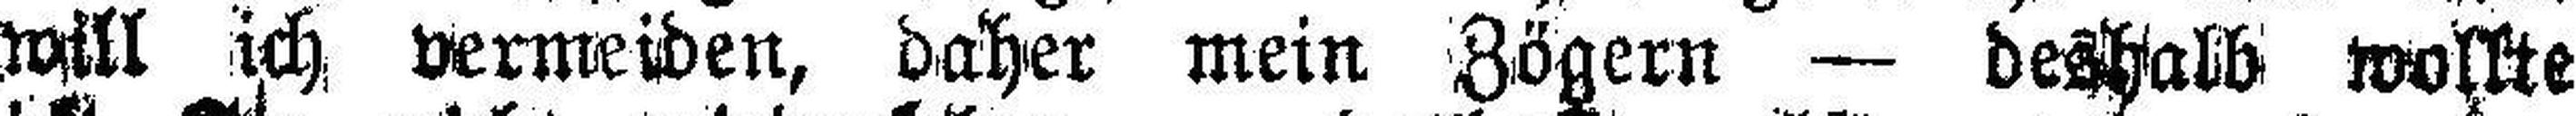
will ich vermeiden, daher mein Zögern — deshalb wollte